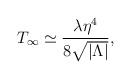
LaTeX: \begin{align*}T_\infty \simeq {\lambda\eta^4\over 8\sqrt{|\Lambda|}},\end{align*}